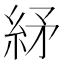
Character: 䋒